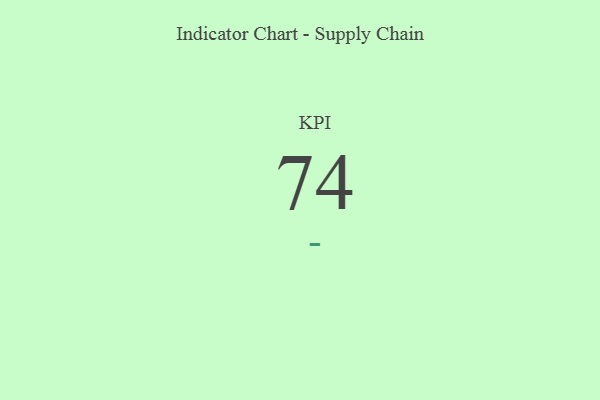
{"axis": {"x": "KPI", "y": "Value"}, "legend": [""], "data": [{"x": "KPI", "y": 74, "type": ""}]}